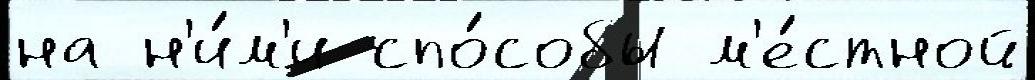
на н'и́м'и спо́собы м'е́стной